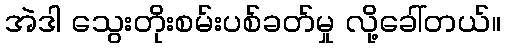
အဲဒါ သွေးတိုးစမ်းပစ်ခတ်မှု လို့ခေါ်တယ်။